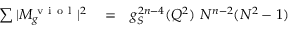
\begin{array} { r l r } { \sum \vert M _ { g } ^ { \mathrm { ~ v ~ i ~ o ~ l ~ } } \vert ^ { 2 } } & { { } = } & { g _ { S } ^ { 2 n - 4 } ( Q ^ { 2 } ) ~ N ^ { n - 2 } ( N ^ { 2 } - 1 ) } \end{array}